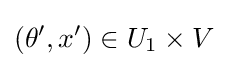
(\theta ',x')\in U_{1}\times V